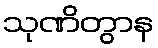
သုဏိတွာန